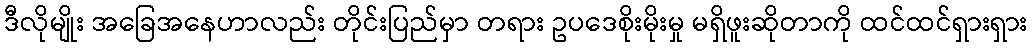
ဒီလိုမျိုး အခြေအနေဟာလည်း တိုင်းပြည်မှာ တရား ဥပဒေစိုးမိုးမှု မရှိဖူးဆိုတာကို ထင်ထင်ရှားရှား